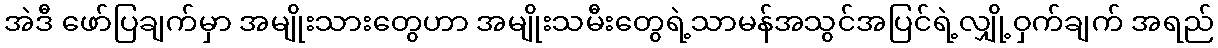
အဲဒီ ဖော်ပြချက်မှာ အမျိုးသားတွေဟာ အမျိုးသမီးတွေရဲ့သာမန်အသွင်အပြင်ရဲ့လျှို့ဝှက်ချက် အရည်